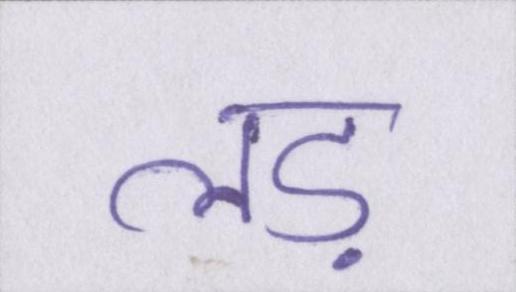
लड़